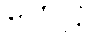
ဟေဋ္ဌာ